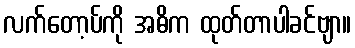
လက်တော့ပ်ကို အဓိက ထုတ်တာပါခင်ဗျာ။